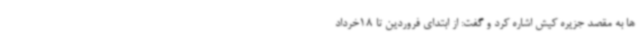
ها به مقصد جزیره کیش اشاره کرد و گفت: از ابتدای فروردین تا 18خرداد